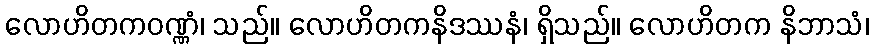
လောဟိတကဝဏ္ဏံ၊ သည်။ လောဟိတကနိဒဿနံ၊ ရှိသည်။ လောဟိတက နိဘာသံ၊